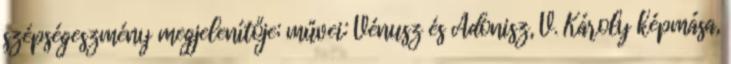
szépségeszmény megjelenítője; művei: Vénusz és Adonisz, V. Károly képmása,